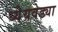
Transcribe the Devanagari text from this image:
ध्येेयवेड्या